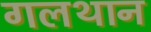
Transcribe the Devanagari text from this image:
गलथान